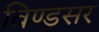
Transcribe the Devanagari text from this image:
विण्डसर